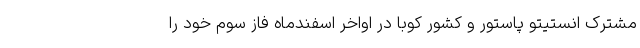
مشترک انستیتو پاستور و کشور کوبا در اواخر اسفندماه فاز سوم خود را